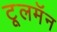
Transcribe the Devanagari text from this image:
टूलमॅन